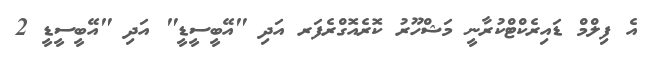
އެ ފިލްމް ޑައިރެކްޓްކުރާނީ މަޝްހޫރު ކޮރެއޮގްރެފަރ އަދި "އޭބީސީޑީ" އަދި "އޭބީސީޑީ 2